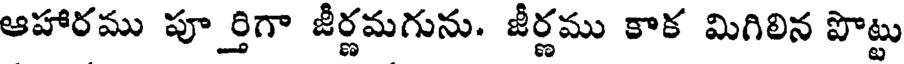
ఆహారము పూర్తిగా జీర్ణమగును. జీర్ణము కాక మిగిలిన పొట్టు